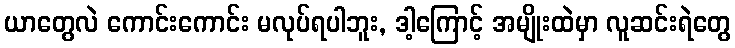
ယာတွေလဲ ကောင်းကောင်း မလုပ်ရပါဘူး, ဒါ့ကြောင့် အမျိုးထဲမှာ လူဆင်းရဲတွေ